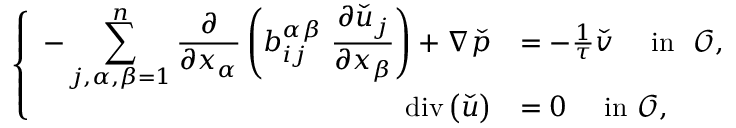
\left\{ \begin{array} { r l c } { - \displaystyle \sum _ { j , \alpha , \beta = 1 } ^ { n } \frac { \partial } { \partial x _ { \alpha } } \left( b _ { i j } ^ { \alpha \beta } \ \frac { \partial { { \check { u } } _ { j } } } { \partial x _ { \beta } } \right) + \nabla \check { p } } & { = - \frac { 1 } { \tau } \check { \boldsymbol v } \quad \mathrm { ~ i n ~ } \ { \mathcal { O } } , } \\ { \operatorname { d i v } \left( \boldsymbol { \check { u } } \right) } & { = 0 \quad \mathrm { ~ i n ~ } { \mathcal { O } } , } \end{array} \right.